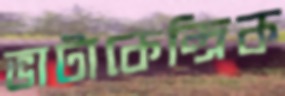
ভাটাকেন্দ্রিক